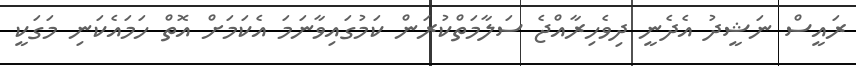
ރައީސް ނަޝީދު އެދެނީ ދިވެހިރާއްޖެ ސަލާމަތްކުރަން ކަމުގައިވާނަމަ އެކަމަށް އޮތް ހަމައެކަނި މަގަކީ